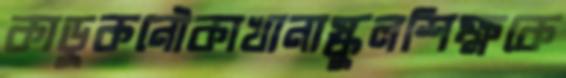
কাড়ুকনৌকাখানাস্কুলশিক্ষকে